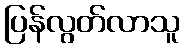
ပြန်လွတ်လာသူ